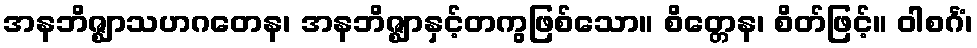
အနဘိဇ္ဈာသဟဂတေန၊ အနဘိဇ္ဈာနှင့်တကွဖြစ်သော။ စိတ္တေန၊ စိတ်ဖြင့်။ ဝါစင်္ဂံ၊